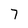
Character: 7